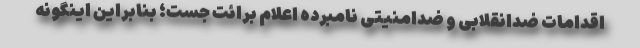
اقدامات ضدانقلابی و ضدامنیتی نامبرده اعلام برائت جست؛ بنابراین اینگونه